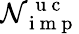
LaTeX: \mathcal{N}_{\mathrm{{~i~m~p~}}}^{\mathrm{{~u~c~}}}